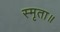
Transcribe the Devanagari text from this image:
स्मृता॥